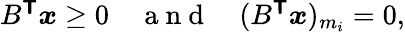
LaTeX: \begin{array}{r}{B^{\boldsymbol{\mathsf{T}}}\boldsymbol{x}\ge 0\quad\mathrm{~a~n~d~}\quad(B^{\boldsymbol{\mathsf{T}}}\boldsymbol{x})_{m_{i}}=0,}\end{array}